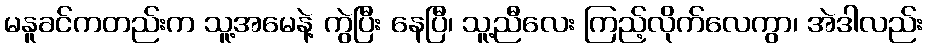
မနူခင်ကတည်းက သူ့အမေနဲ့ ကွဲပြီး နေပြီ၊ သူ့ညီလေး ကြည့်လိုက်လေကွာ၊ အဲဒါလည်း